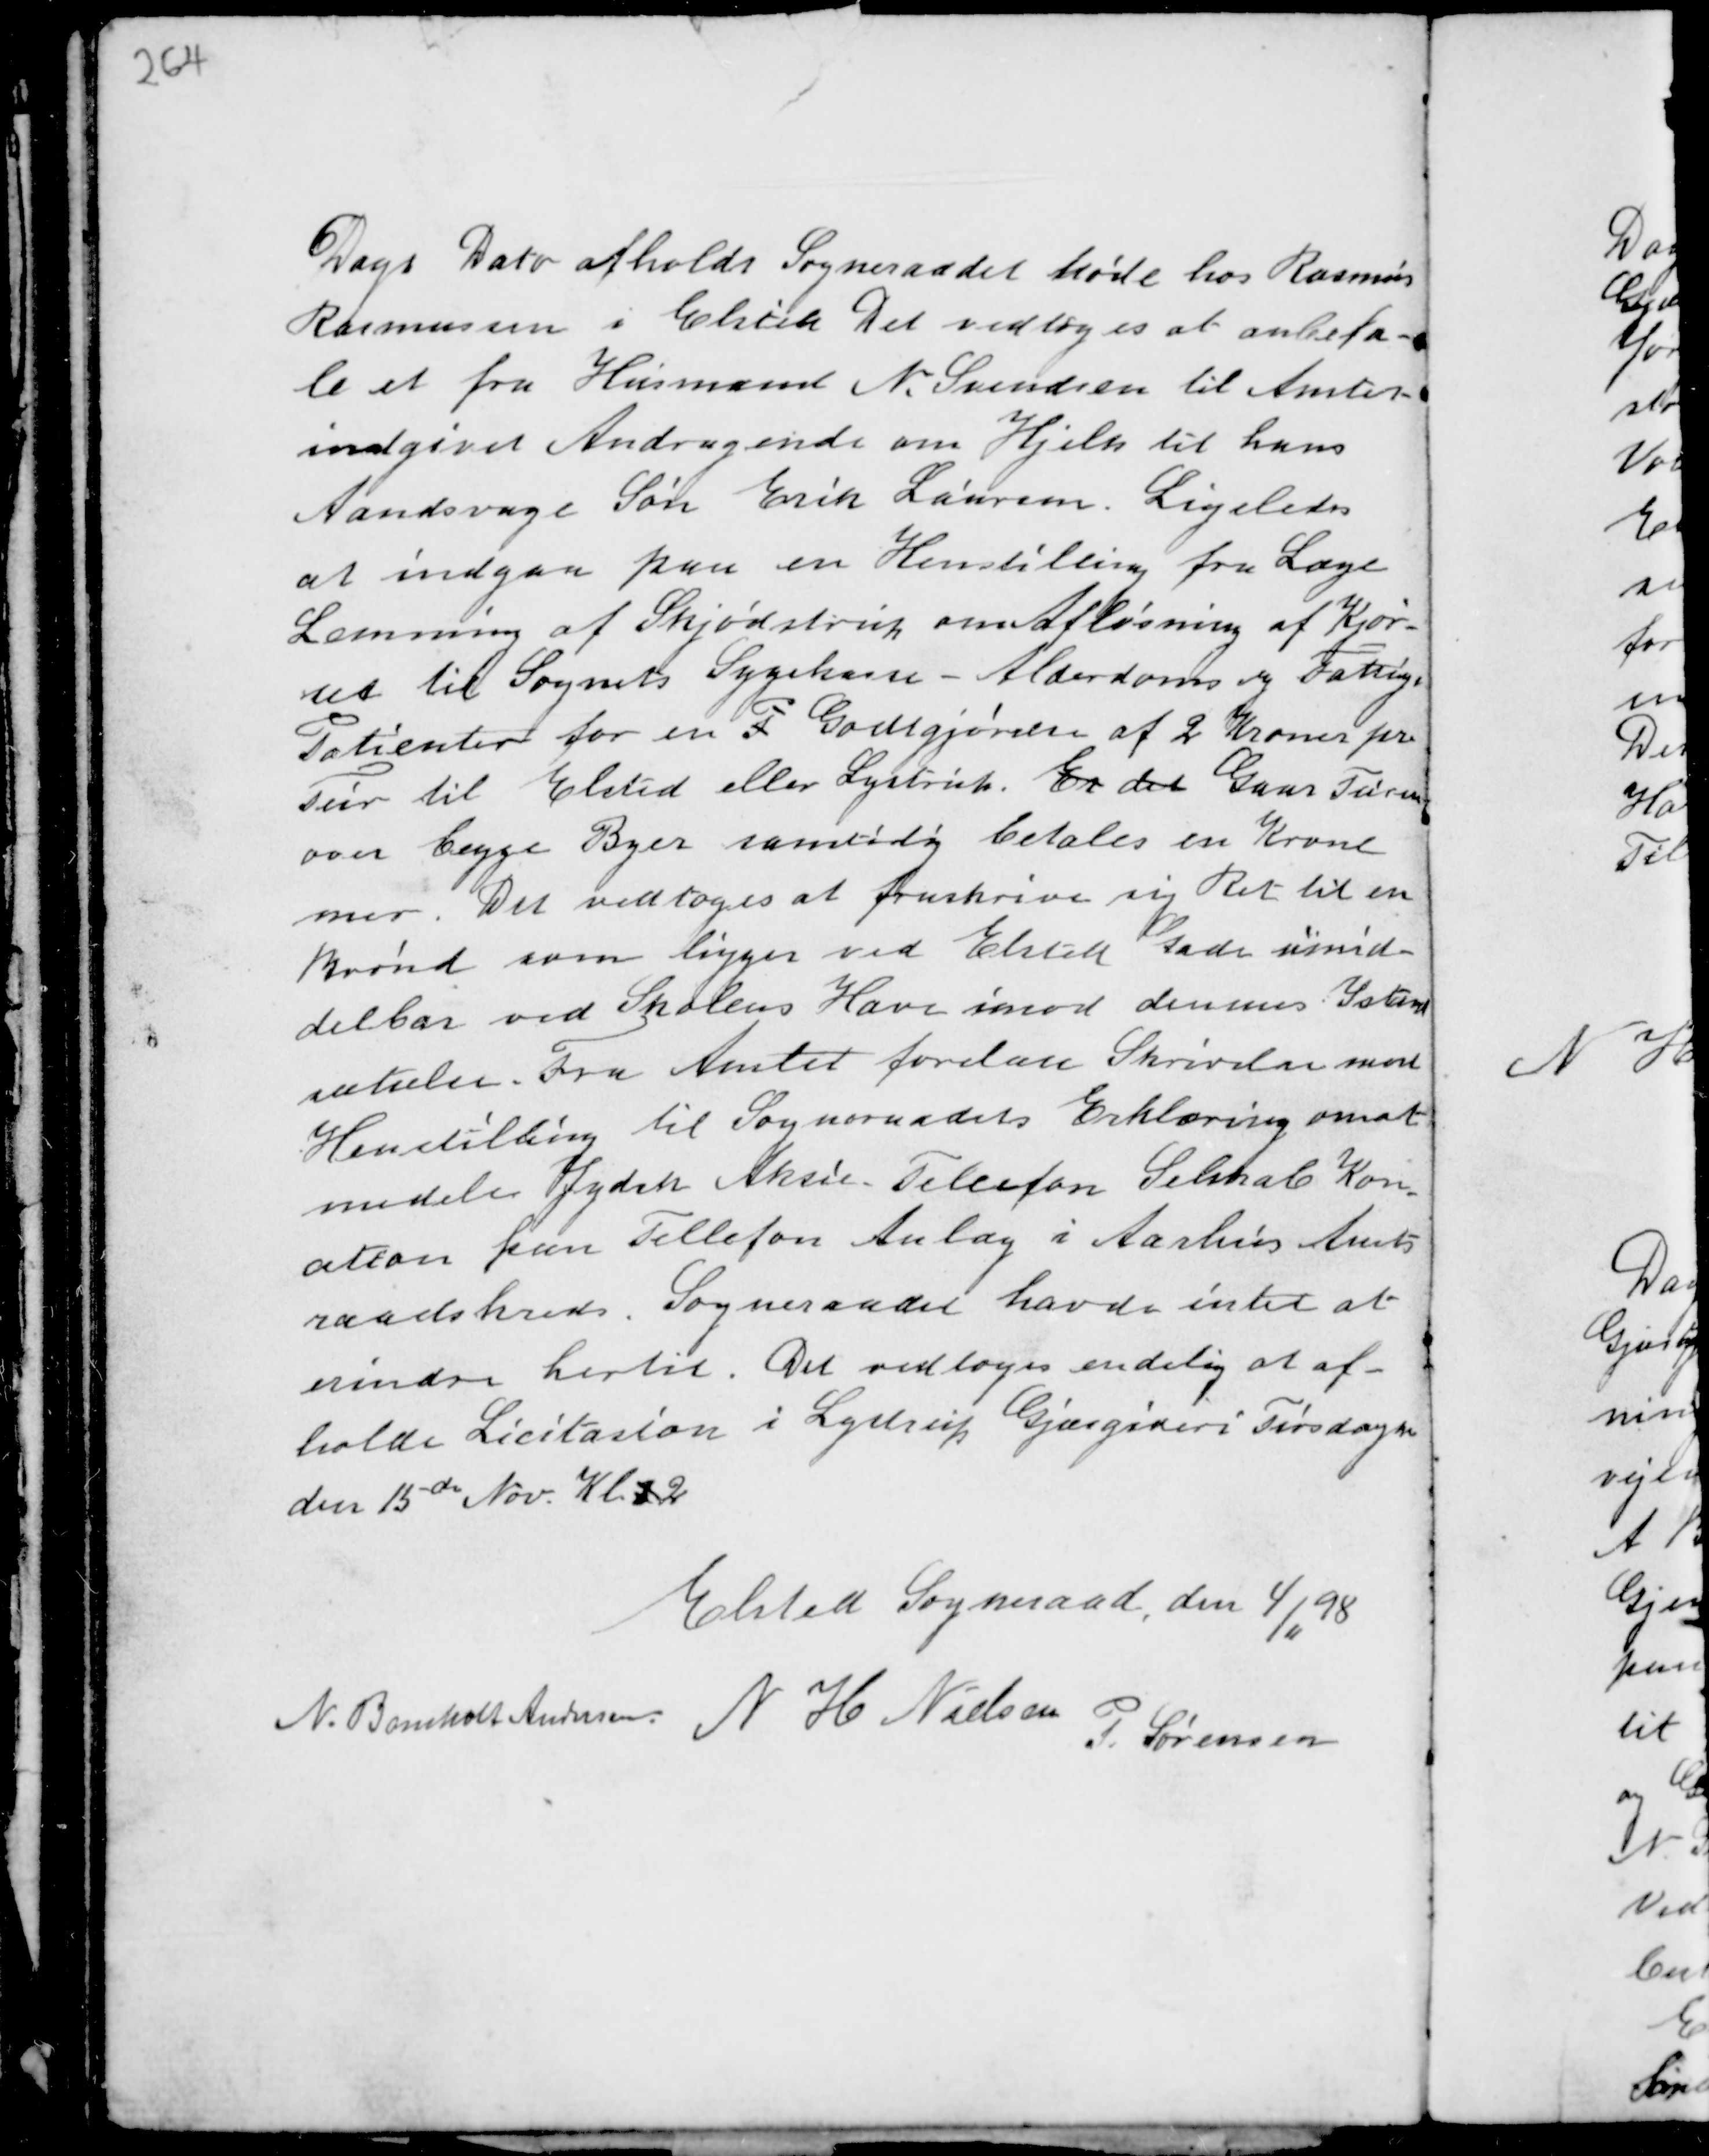
Transskription:
Dags Dato afholdt Sogneraadet Møde hos Rasmus
Rasmussen i Elsted Det vedtoges at anbefa-
le et fra Husmand N. Svendsen til Amtet
indgivet Andragende om Hjelp til hans
Aandsvage Søn Erik Laursen. Ligeledes
at indgaa paa en Henstilling fra Læge
Lemming af Skjødstrup om Afløsning af Kjør-
sel til Sognets Sygekasse - Alderdoms og Fattige
Patienter for en P Godtgjørelse af 2 Kroner pr.
Tur til Elsted eller Lystrup Er det Gaar Turen
over begge Byer samtidig betales en Krone
mer. Det vedtoges at fraskrive sig Ret til en
Brønd som ligger ved Elsted Plads umid-
delbar ved Skolens Have imod dennes Istand-
sættelse. Fra Amtet forelaa Skrivelse med
Henstilling til Sogneraadets Erklæring om at
medelse Jydsk Aksie Telefon Selskab Kon-
ation kan Tellefon Anlæg i Aarhus Amts-
raads kreds. Sogneraadet havde intet at
erindre hertil. Det vedtoges endelig at af-
holde Licitasion i Lystrup Gjæstgiveri Tirsdagen
den 15de Nov. Kl. 1 2

Elsted Sogneraad, den 4/
11
98
N. Bomholt Andersen N H Nielsen
P. Sørensen